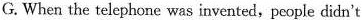
G.When the telephone was invented,people didn't